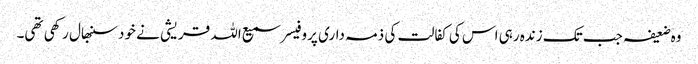
وہ ضعیفہ جب تک زندہ رہی اس کی کفالت کی ذمہ داری پروفیسر سمیع اللہ قریشی نے خود سنبھال رکھی تھی۔